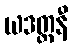
ယဒတ္တနီ